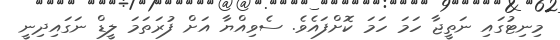
މިނިޓުގައި ނަތީޖާ ހަމަ ހަމަ ކޮށްފައެވެ. ސެވިއްޔާ އަށް ފުރަތަމަ ލީޑް ނަގައިދިނީ